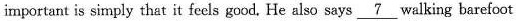
important is simply that it feels good, He also says \underline{7} walking barefoot